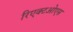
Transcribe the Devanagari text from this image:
रिएक्टओएस